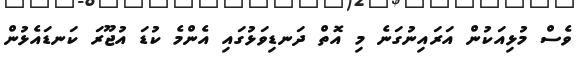
ވެސް މުޅިއަކުން އަރައިނުގަނެ މި އޮތް ދަނޑިވަޅުގައި އެންމެ ކުޑަ އުޖޫރަ ކަނޑައެޅުން